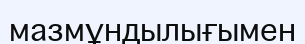
мазмұндылығымен